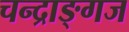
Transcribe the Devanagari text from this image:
चन्द्राङ्गज